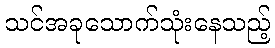
သင်အခုသောက်သုံးနေသည့်